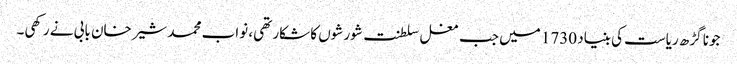
جونا گڑھ ریاست کی بنیاد 1730 میں جب مغل سلطنت شورشوں کا شکار تھی، نواب محمد شیرخان بابی نے رکھی۔